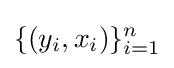
\{(y_{i},x_{i})\}_{i=1}^{n}